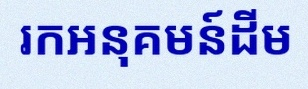
រកអនុគមន៍ដើម